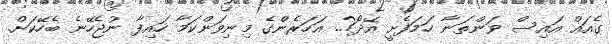
ގެއައް އައިސް ވަންތަނާ ހަމަފެށީ އޭދޯ?.. އަހަރެންގެ މިނިވަންކަމާ ހައިފާ ނުޖެހޭނެ ބެހޭކަށް.